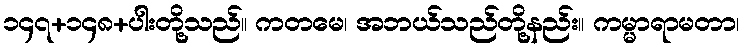
၁၄၇+၁၄၈+ပါးတို့သည်။ ကတမေ၊ အဘယ်သည်တို့နည်း။ ကမ္မာရာမတာ၊